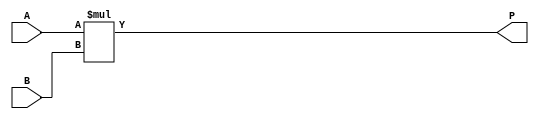
module multiplier (
    input wire [3:0] A, // 4-bitlik ilk arpan
    input wire [3:0] B, // 4-bitlik ikinci arpan
    output wire [7:0] P // 8-bitlik arp?m sonucu
);
    assign P = A * B;
endmodule